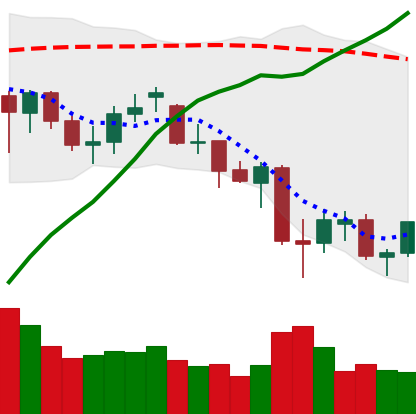
Ticker: ETH-USD
Chart end date: 2021-06-27
Forward return: 8.649%
Label: up_7plus